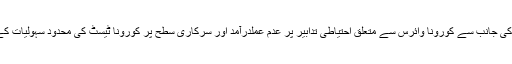
ایک اہم سرکاری ذرائع نے “پامیرٹائمز “کو بتایا کہ گلگت بلتستان میں عوام کی جانب سے کورونا وائرس سے متعلق احتیاطی تدابیر پر عدم عملدرآمد اور سرکاری سطح پر کورونا ٹیسٹ کی محدود سہولیات کے سبب عوام الناس میں اس وائرس کے پھیلاو میں تیزی سے اضافہ ہوتاآرہا۔